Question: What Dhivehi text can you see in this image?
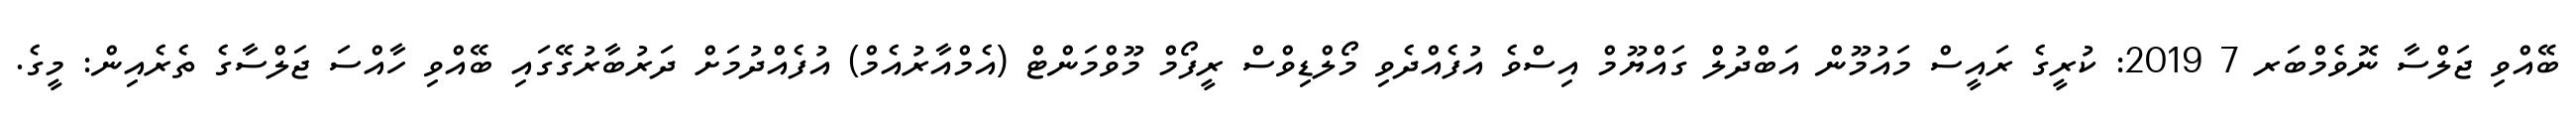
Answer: ބޭއްވި ޖަލްސާ ނޮވެމްބަރ 7 2019: ކުރީގެ ރައީސް މައުމޫން އަބްދުލް ގައްޔޫމް އިސްވެ އުފެއްދެވި މޯލްޑިވްސް ރީފޯމް މޫވްމަންޓް (އެމްއާރުއެމް) އުފެއްދުމަށް ދަރުބާރުގޭގައި ބޭއްވި ހާއްސަ ޖަލްސާގެ ތެރެއިން: މީގެ.